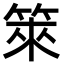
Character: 箂